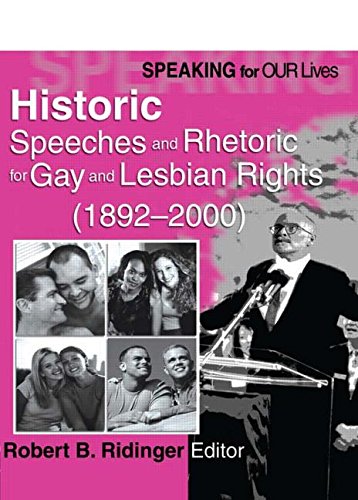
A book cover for Speaking for Our Lives: Historic Speeches and Rhetoric for Gay and Lesbian Rights (1892-2000); Robert B Ridinger; Gay & Lesbian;